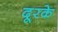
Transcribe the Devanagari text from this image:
दूरके